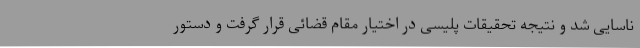
ناسایی شد و نتیجه تحقیقات پلیسی در اختیار مقام قضائی قرار گرفت و دستور